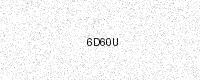
Text: 6D60U